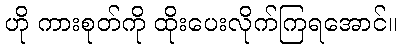
ဟို ကားစုတ်ကို ထိုးပေးလိုက်ကြရအောင်။